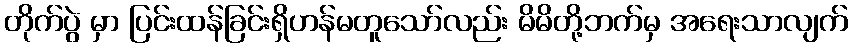
တိုက်ပွဲ မှာ ပြင်းထန်ခြင်းရှိဟန်မတူသော်လည်း မိမိတို့ဘက်မှ အရေးသာလျက်